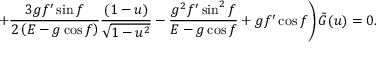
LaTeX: \left. + \frac { 3 g f ^ { \prime } \sin f } { 2 \left( E - g \cos f \right) } \frac { ( 1 - u ) } { \sqrt { 1 - u ^ { 2 } } } - \frac { g ^ { 2 } f ^ { \prime } \sin ^ { 2 } f } { E - g \cos f } + g f ^ { \prime } \cos f \right) { \tilde { G } } ( u ) = 0 .